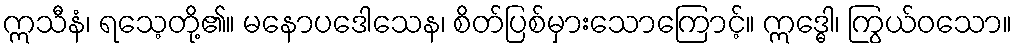
ဣသီနံ၊ ရသေ့တို့၏။ မနောပဒေါသေန၊ စိတ်ပြစ်မှားသောကြောင့်။ ဣဒ္ဓေါ၊ ကြွယ်ဝသော။